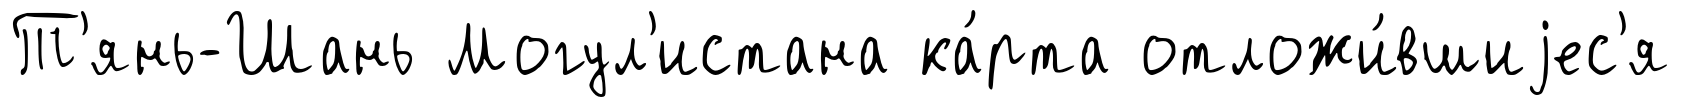
Т'янь-Шань Могул'истана ка́рта отложи́вшиjес'я